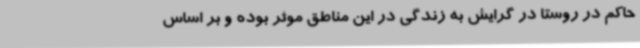
حاکم در روستا در گرایش به زندگی در این مناطق موثر بوده و بر اساس